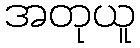
အတုယူ